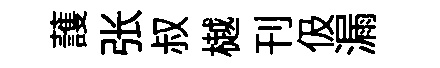
䕶张叔樾刊伋漏